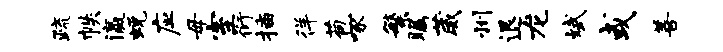
疏帙瀛蜕应毋室衍插徉苞啄繁瞩葳州退龙斌或善